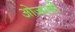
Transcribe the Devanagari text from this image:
ओजस्‍वी